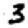
Digit: 3